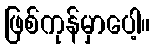
ဖြစ်ကုန်မှာပေါ့။